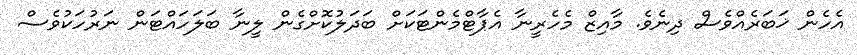
އެހެން ޚަބަރެއްވެސް ދިނެވެ. މާއިޒް މެހެރީނާ އެޕާޓްމެންޓަކަށް ބަދަލުކޮށްގެން ލީނާ ބަލަހައްޓަން ނަރުހަކުވެސް